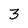
Character: 3